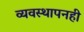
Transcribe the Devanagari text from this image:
व्यवस्थापनही